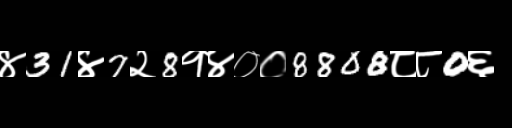
Text: ४31४7२8१४००8808८८0६